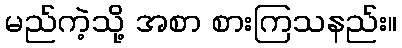
မည်ကဲ့သို့ အစာ စားကြသနည်း။